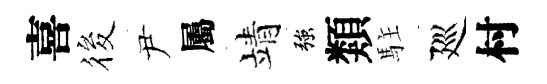
喜筱尹屬靖強類駐廵村